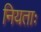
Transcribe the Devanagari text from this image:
नियताः